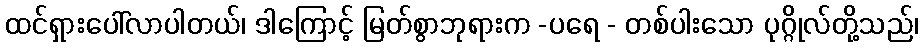
ထင်ရှားပေါ်လာပါတယ်၊ ဒါကြောင့် မြတ်စွာဘုရားက -ပရေ - တစ်ပါးသော ပုဂ္ဂိုလ်တို့သည်၊